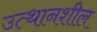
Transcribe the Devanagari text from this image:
उत्थानशील